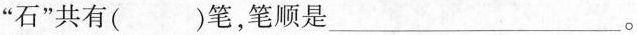
石”共有( )笔，笔顺是___。